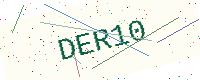
Text: DER10